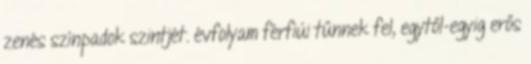
zenés színpadok szintjét. évfolyam férfiúi tűnnek fel, egytől-egyig erős